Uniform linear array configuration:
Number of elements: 12
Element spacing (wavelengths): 0.25
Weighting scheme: hann
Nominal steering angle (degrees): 60
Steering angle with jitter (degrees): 60.045
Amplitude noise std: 0.05
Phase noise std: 0.05

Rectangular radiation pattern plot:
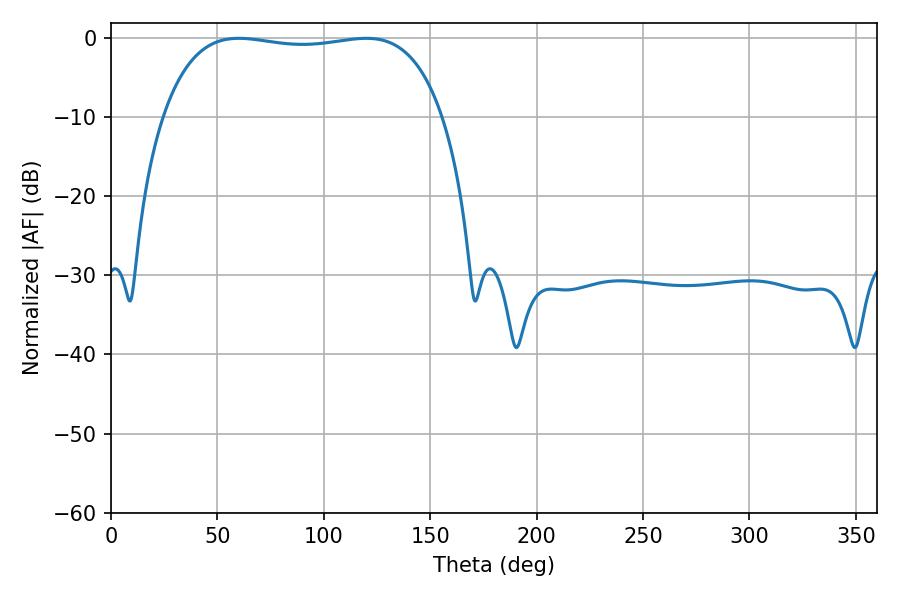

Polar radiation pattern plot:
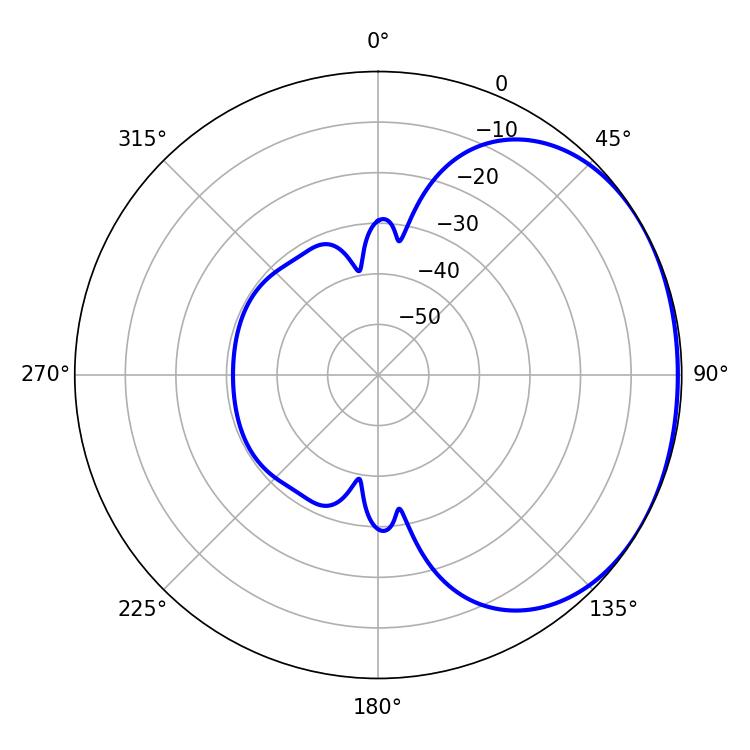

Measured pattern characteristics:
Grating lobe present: FALSE
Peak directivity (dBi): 1.306
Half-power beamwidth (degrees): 105.12
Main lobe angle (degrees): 60.12